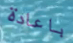
باعادة